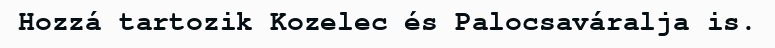
Hozzá tartozik Kozelec és Palocsaváralja is.